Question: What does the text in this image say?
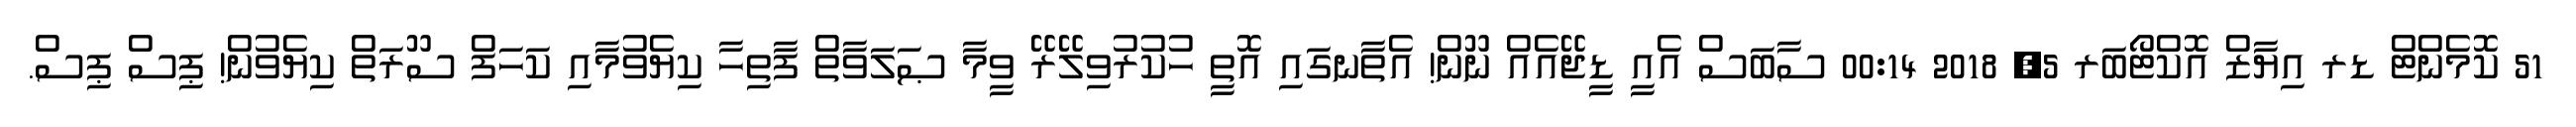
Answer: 51 ކޮމެންޓް ޑރ އިޔާޒް އޮކްޓޯބަރ 5, 2018 00:14 ސާބަސް އެއީ ޑީޖޭއެއް ނޫން! އެތާނގައި އޮތީ ހުކުރުވިލޭރޭ ވީމާ ޞަލަވާތް ފާތިހާ ކިޔެވުމާއި ކަހަފް ސޫރަތް ކިޔެވުން! ޕިސް ޕިސް.